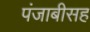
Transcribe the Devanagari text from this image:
पंजाबीसह